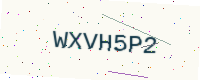
Text: WXVH5P2